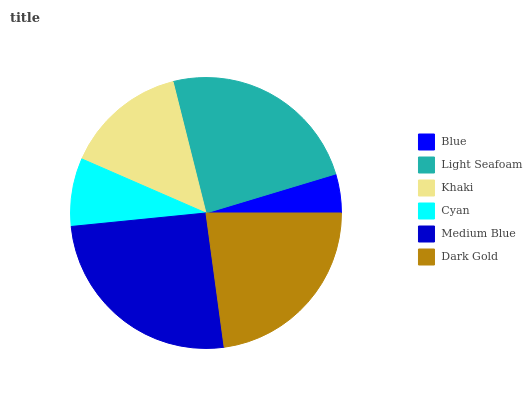
| Blue | Light Seafoam | Khaki | Cyan | Medium Blue | Dark Gold |
 | --- | --- | --- | --- | --- | --- |
 | 4.64% | 24.2% | 14.6% | 8.11% | 25.6% | 22.9% |